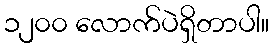
၁၂၀၀ လောက်ပဲရှိတာပါ။